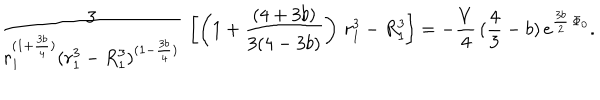
LaTeX: { \frac { 3 } { r _ { 1 } ^ { ( 1 + { \frac { 3 b } { 4 } } ) } ( r _ { 1 } ^ { 3 } - R _ { 1 } ^ { 3 } ) ^ { ( 1 - { \frac { 3 b } { 4 } } ) } } } \, \left[ \left( 1 + { \frac { ( 4 + 3 b ) } { 3 ( 4 - 3 b ) } } \right) \, r _ { 1 } ^ { 3 } - R _ { 1 } ^ { 3 } \right] = - { \frac { V } { 4 } } \, ( { \frac { 4 } { 3 } } - b ) \, e ^ { { \frac { 3 b } { 2 } } \, \Phi _ { 0 } } .